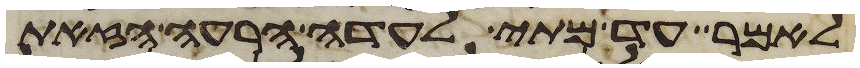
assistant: לאמר עד מתי לעדה הרעה הזאת